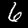
Label: 6